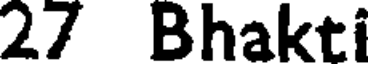
27 Bhakti